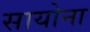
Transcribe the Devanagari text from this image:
सायोना